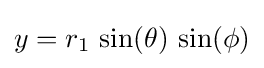
y=r_{1}\,\sin(\theta )\,\sin(\phi )